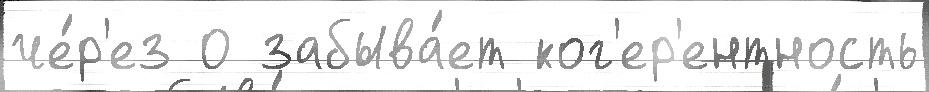
че́р'ез 0 забыва́ет ког'ер'ентность